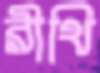
রীথি